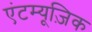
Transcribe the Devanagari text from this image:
एंटम्यूज़िक